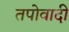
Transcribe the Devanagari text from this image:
तपोवादी